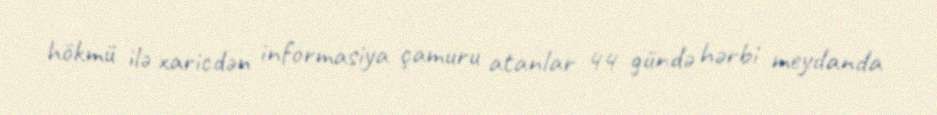
hökmü ilə xaricdən informasiya çamuru atanlar 44 gündə hərbi meydanda